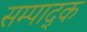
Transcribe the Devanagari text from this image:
सम्पाद्क